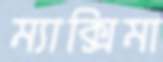
ম্যাক্সিমা